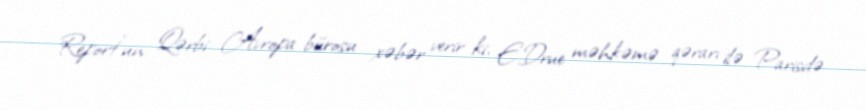
Report"un Qərbi Avropa bürosu xəbər verir ki, E.Drue məhkəmə qərarı ilə Parisdə